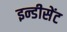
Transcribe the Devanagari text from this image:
इन्डीसेंट